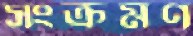
সংক্রমণ